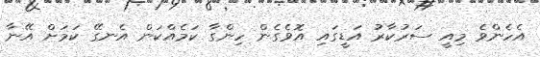
އެހެންވެ މިއީ ސަރުކާރު އަޑީގައި އޮވެގެން ހިންގާ ކަމެއްކަން އެނގޭ ކަމަށް އޭނާ